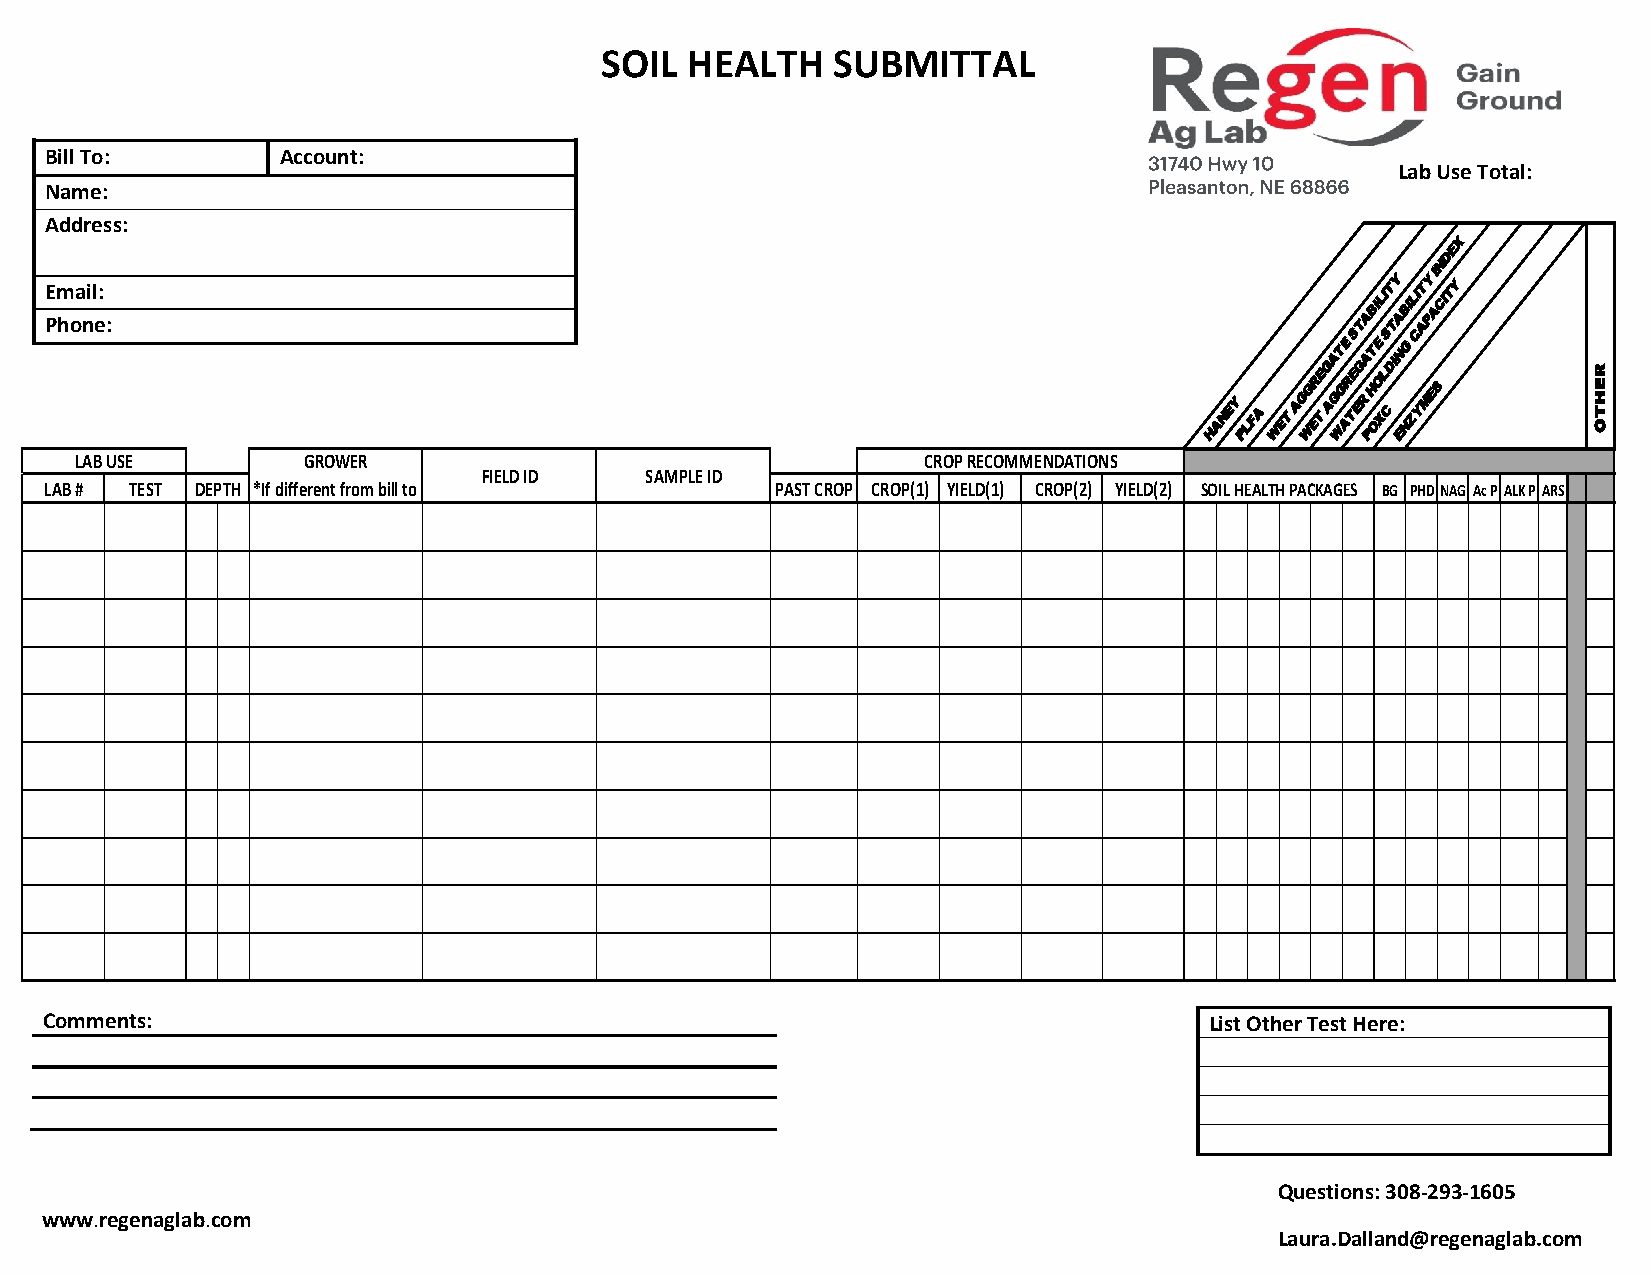
SOIL HEALTH    SUBMITTAL
 Bill To:        Account:
 Lab Use Total:
 Name:
 Address:
 X
 E
 D
 N
 E Pm hoa nil e:
 :
 TABILIT TY ABILI AT PY
 AI
 CITY
 EGATE
 S
 EGATE
 LS
 DING
 C
 R
 HANEY
 PLFA WET
 AG
 WG ER
 T
 AG
 WG AR
 TER
 PH OO
 XC
 ENZYMES     E
 H
 T
 O
 LAB USE        GGRROOWWEERR                             CROP RECOMMENDATIONS
 FFIIEELLDD IIDD SSAAMMPPLLEE IIDD
 LAB # TEST DEPTH **IIff ddiiffffeerreenntt ffrroomm bbiillll ttoo PAST CROP CROP(1) YIELD(1) CROP(2) YIELD(2) SOIL HEALTH PACKAGES BG PHDNAG Ac P ALK P ARS
 Comments:                                                                    List Other Test Here:
 Questions: 308-293-[1T6y0p5e here]
 www.regenaglab.com
 Laura.Dalland@regenaglab.com